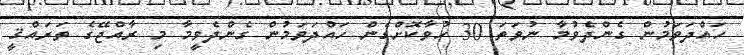
ހައްދަވަމުން ގެންދެވުމާ ނުވަތަ 30 ހުވާކޮށްގެން ހައްދަވަމުން ގެންދެވީމާ މި ރާއްޖޭގެ ތަރައްޤީ